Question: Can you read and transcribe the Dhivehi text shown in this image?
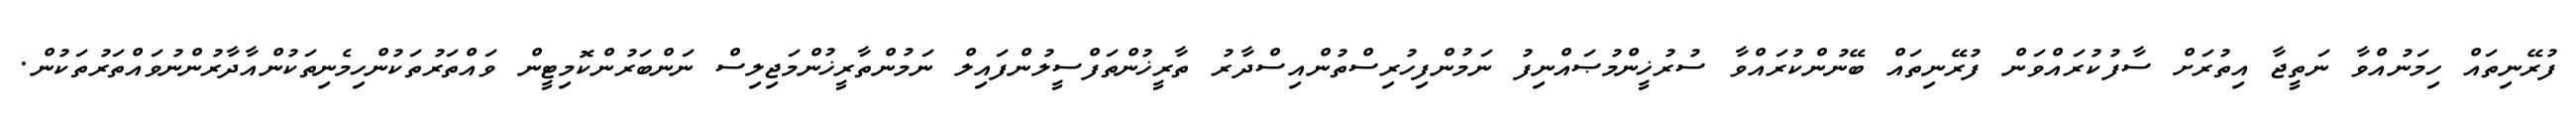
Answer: ފުރޭނިތައް ހިމަނުއްވާ ނަތީޖާ އިތުރަށް ސާފުކުރައްވަން ފުރޭނިތައް ބޭނުންކުރައްވާ ސުރުޚީންމުޞައްނިފު ނަމުންފިހުރިސްތުންއިސްދާރު ތާރީޚުންތަފްސީލުންފައިލް ނަމުންތާރީޚުންމަޖިލިސް ނަންބަރުންކޮމިޓީން ވައްތަރުތަކުންހިމެނިތަކުންއާދާރުންނުވައްތަރުތަކުން.